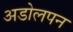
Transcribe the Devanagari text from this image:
अडोलपन